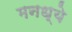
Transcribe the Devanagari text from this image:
मनध्ये